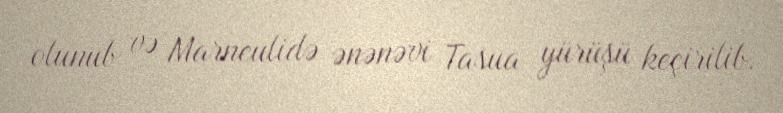
olunub və Marneulidə ənənəvi Tasua yürüşü keçirilib.